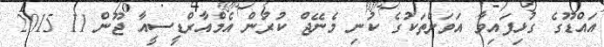
އައްޑޫގެ ގުޅިފައިވާ އަވަށްތަކުގެ ކުނި މެނޭޖް ކުރުން އެމްއާރްޑީސީއާ ޖޫން 11 2015